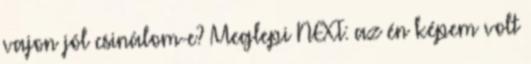
vajon jól csinálom-e? Meglepi NEXT: az én képem volt